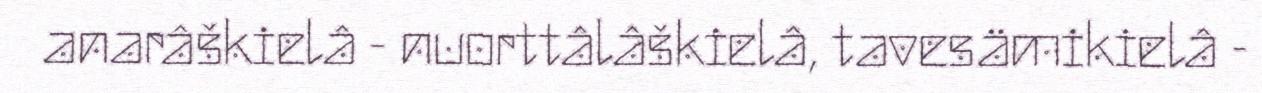
anarâškielâ - nuorttâlâškielâ, tavesämikielâ -